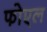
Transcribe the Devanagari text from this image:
फोएल